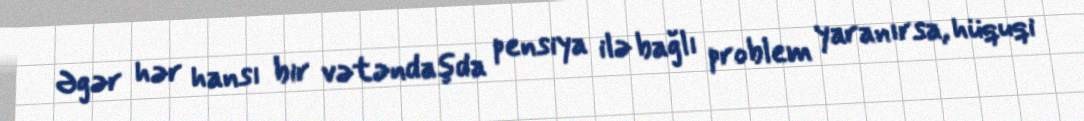
Əgər hər hansı bir vətəndaşda pensiya ilə bağlı problem yaranırsa, hüquqi